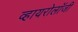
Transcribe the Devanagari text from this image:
व्हायरोलॉजी